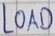
Text: LOAD